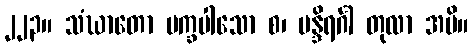
၂၂၃။ သံဃာတော ပက္ခပါသော စ၊ မန္ဒိရင်္ဂါ တုလာ အပိ။